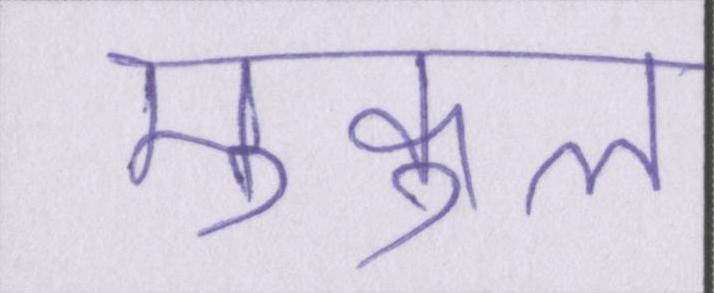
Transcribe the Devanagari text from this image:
मुकुल